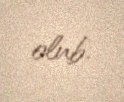
olub.